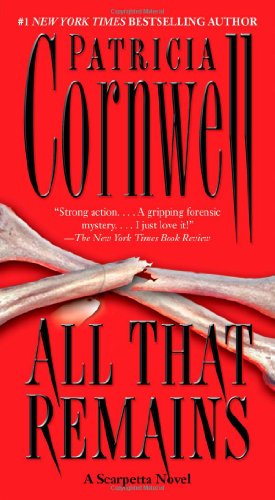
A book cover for All That Remains: Scarpetta 3 (Kay Scarpetta); Patricia Cornwell; Mystery, Thriller & Suspense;